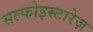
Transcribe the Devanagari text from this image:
सल्फोइस्टारेज़